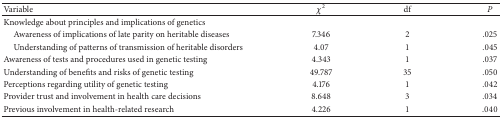
<table><thead><tr><td><b>Variable</b></td><td><b><i>χ</i><sup>2</sup></b></td><td><b>df</b></td><td><b><i>P </i></b></td></tr></thead><tbody><tr><td>Knowledge about principles and implications of genetics</td><td> </td><td> </td><td> </td></tr><tr><td>Awareness of implications of late parity on heritable diseases</td><td>7.346 </td><td>2</td><td>.025</td></tr><tr><td>Understanding of patterns of transmission of heritable disorders </td><td>4.07</td><td>1</td><td>.045</td></tr><tr><td>Awareness of tests and procedures used in genetic testing </td><td>4.343</td><td>1</td><td>.037</td></tr><tr><td>Understanding of benefits and risks of genetic testing </td><td>49.787</td><td>35</td><td>.050</td></tr><tr><td>Perceptions regarding utility of genetic testing </td><td>4.176</td><td>1</td><td>.042</td></tr><tr><td>Provider trust and involvement in health care decisions </td><td>8.648</td><td>3</td><td>.034</td></tr><tr><td>Previous involvement in health-related research </td><td>4.226</td><td>1</td><td>.040</td></tr></tbody></table>